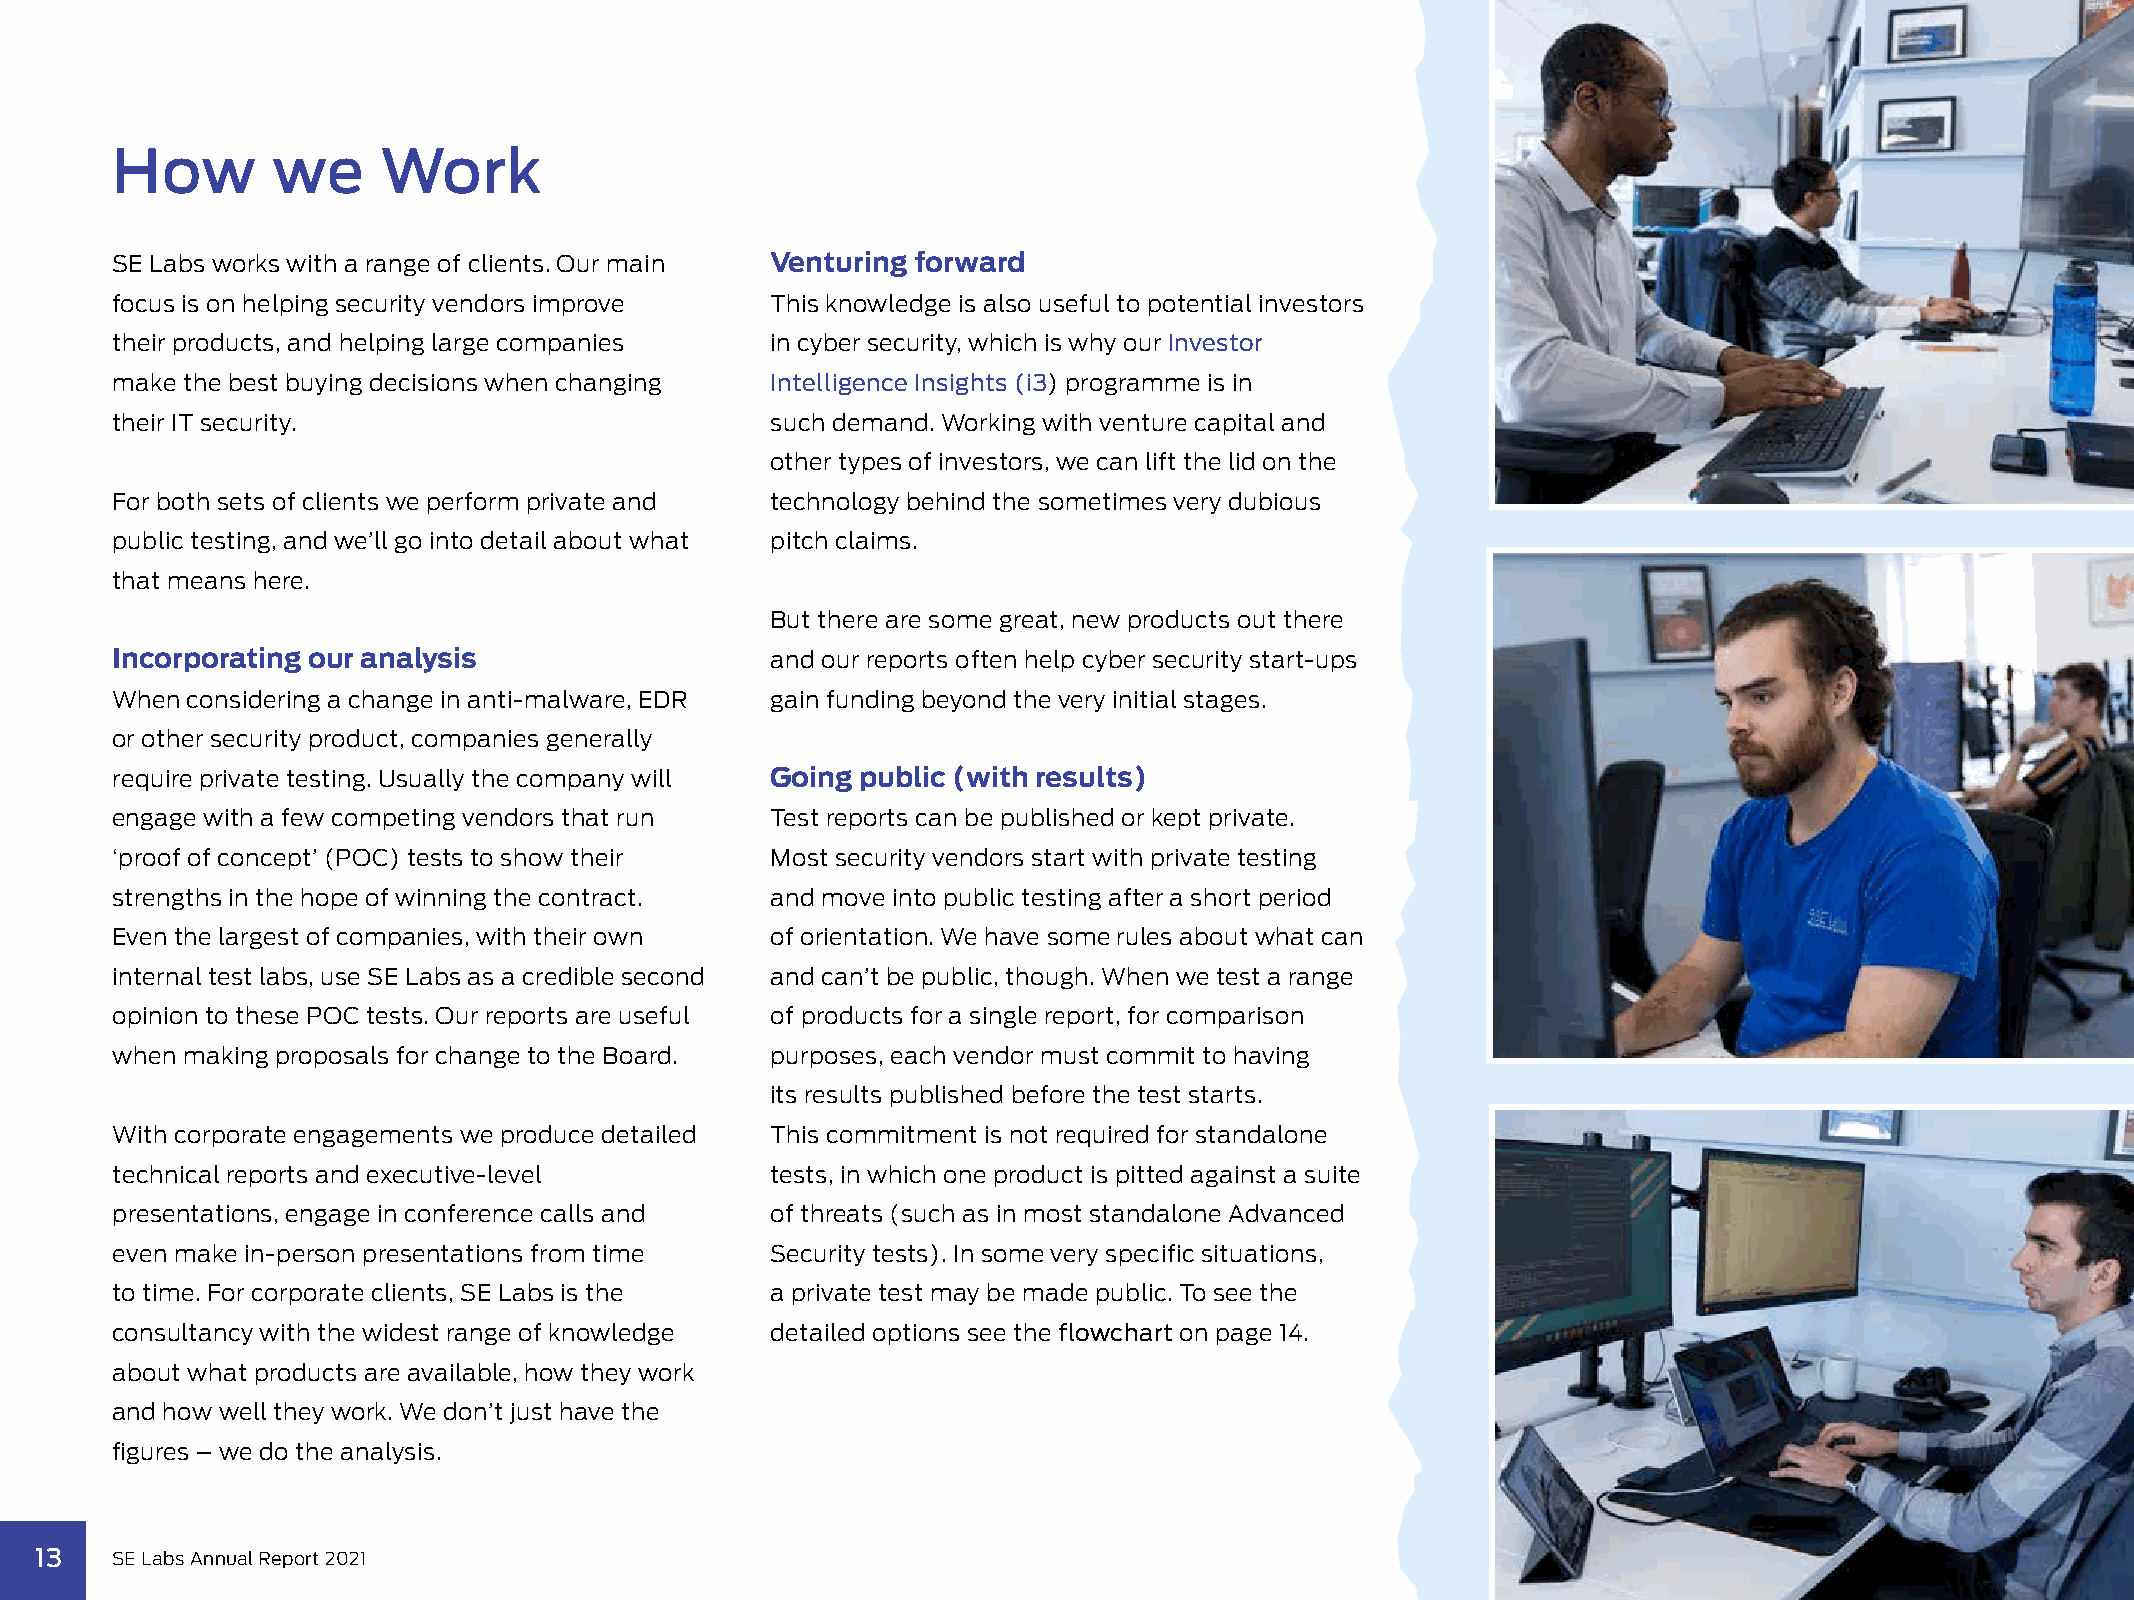
How        we     Work
 SE Labs works with a range of clients. Our main Venturing forward
 focus is on helping security vendors improve This knowledge is also useful to potential investors
 their products, and helping large companies in cyber security, which is why our Investor
 make the best buying decisions when changing Intelligence Insights (i3) programme is in
 their IT security.                          such demand. Working with venture capital and
 other types of investors, we can lift the lid on the
 For both sets of clients we perform private and technology behind the sometimes very dubious
 public testing, and we’ll go into detail about what pitch claims.
 that means here.
 But there are some great, new products out there
 Incorporating our analysis                  and our reports often help cyber security start-ups
 When considering a change in anti-malware, EDR gain funding beyond the very initial stages.
 or other security product, companies generally
 require private testing. Usually the company will Going public (with results)
 engage with a few competing vendors that run Test reports can be published or kept private.
 ‘proof of concept’ (POC) tests to show their Most security vendors start with private testing
 strengths in the hope of winning the contract. and move into public testing after a short period
 Even the largest of companies, with their own of orientation. We have some rules about what can
 internal test labs, use SE Labs as a credible second and can’t be public, though. When we test a range
 opinion to these POC tests. Our reports are useful of products for a single report, for comparison
 when making proposals for change to the Board. purposes, each vendor must commit to having
 its results published before the test starts.
 With corporate engagements we produce detailed This commitment is not required for standalone
 technical reports and executive-level       tests, in which one product is pitted against a suite
 presentations, engage in conference calls and of threats (such as in most standalone Advanced
 even make in-person presentations from time Security tests). In some very specific situations,
 to time. For corporate clients, SE Labs is the a private test may be made public. To see the
 consultancy with the widest range of knowledge detailed options see the flowchart on page 14.
 about what products are available, how they work
 and how well they work. We don’t just have the
 figures – we do the analysis.
 13   SE Labs Annual Report 2021